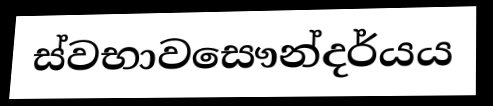
ස්වභාවසෞන්දර්යය